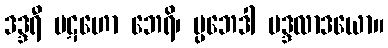
ဒဒ္ဒရီ ပဋဟော ဘေရိ၊ ပ္ပဘေဒါ မဒ္ဒလာဒယော။